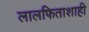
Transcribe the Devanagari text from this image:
लालफिताशाही